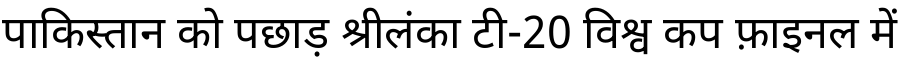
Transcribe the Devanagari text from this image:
पाकिस्तान को पछाड़ श्रीलंका टी-20 विश्व कप फ़ाइनल में